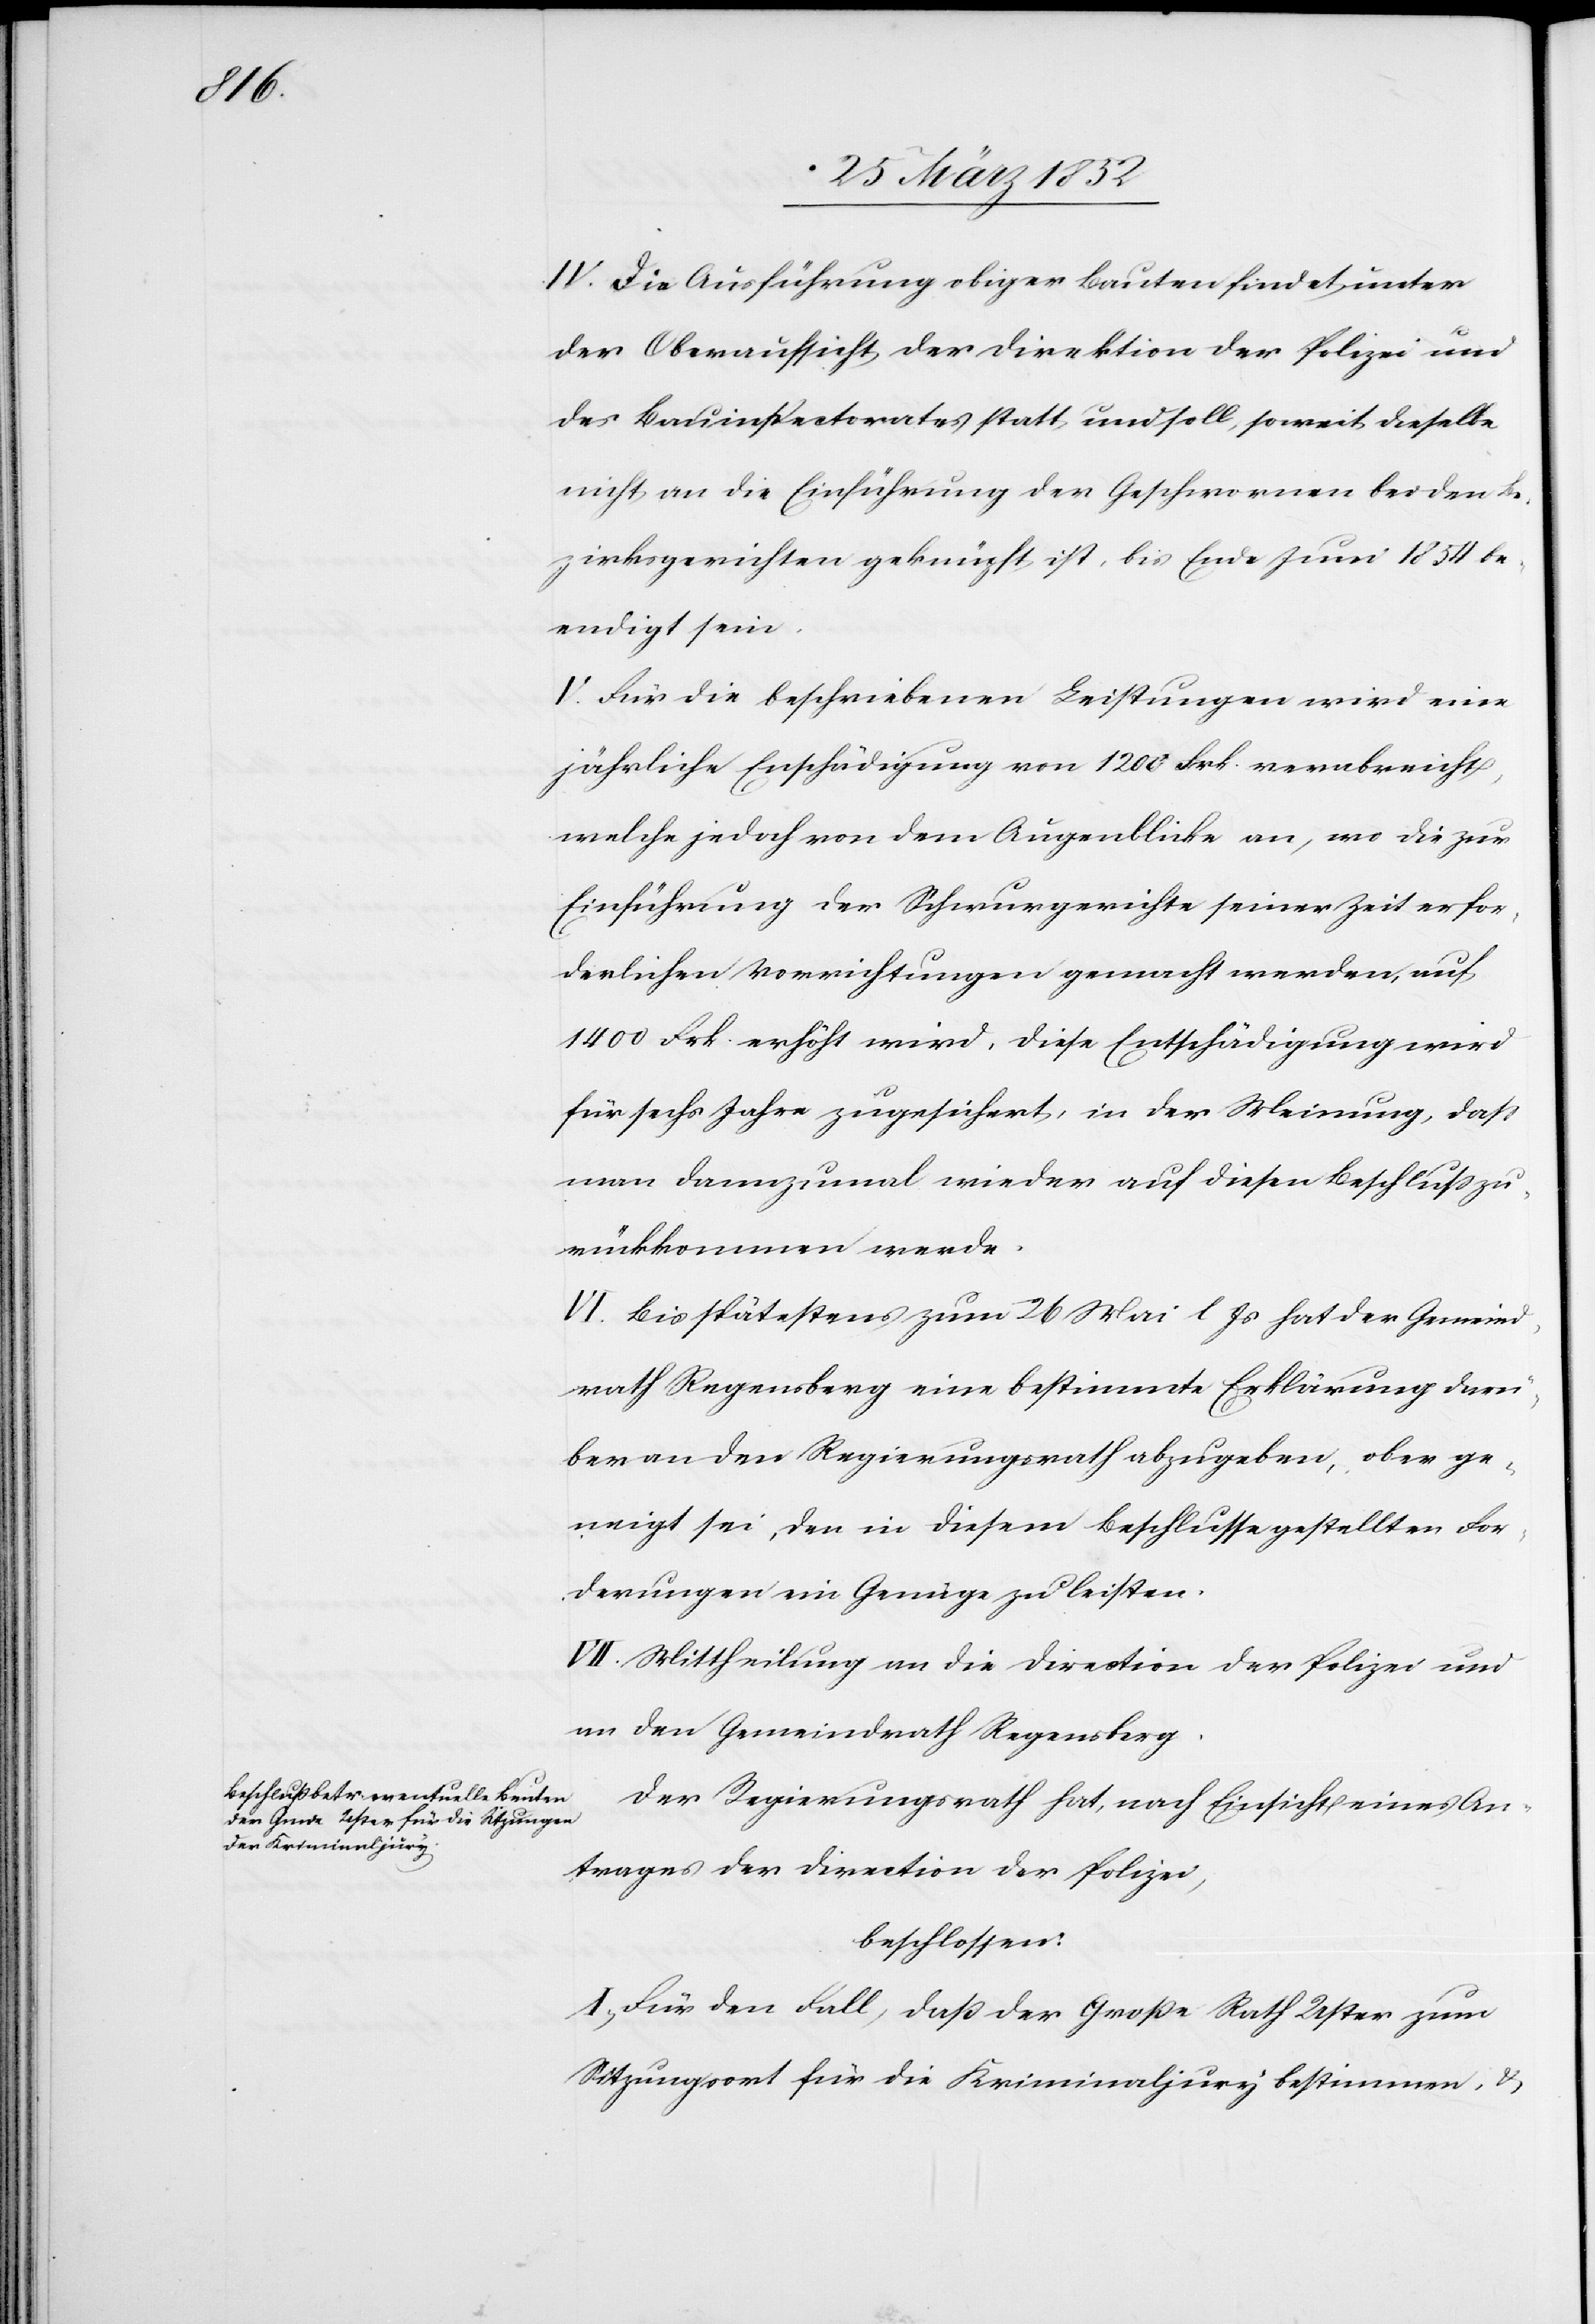
IV. Die Ausführung obiger Bauten findet unter
der Oberaufsicht der Direktion der Polizei und
des Bauinspectorates statt und soll, soweit dieselbe
nicht an die Einführung der Geschwornen bei den Be¬
zirksgerichten geknüpft ist, bis Ende Juni 1854 be¬
endigt sein.
V. Für die beschriebenen Leistungen wird eine
jährliche Entschädigung von 1200 Frk. verabreicht,
welche jedoch von dem Augenblicke an, wo die zur
Einführung der Schwurgerichte seiner Zeit erfor¬
derlichen Vorrichtungen gemacht werden, auf
1400 Frk. erhöht wird, diese Entschädigung wird
für sechs Jahre zugesichert, in der Meinung, daß
man dannzumal wieder auf diesen Beschluß zu¬
rückkommen werde.
VI. Bis spätestens zum 26 Mai l. Js hat der Gemeind¬
rath Regensberg eine bestimmte Erklärung darü¬
ber an den Regierungsrath abzugeben, ob er ge¬
neigt sei, den in diesem Beschlusse gestellten For¬
derungen ein Genüge zu leisten.
VII. Mittheilung an die Direction der Polizei und
an den Gemeindrath Regensberg.
Der Regierungsrath hat, nach Einsicht eines An¬
trages der Direction der Polizei,
beschlossen:
I. Für den Fall, daß der Große Rath Uster zum
Sitzungsort für die Kriminaljury bestimmen u.